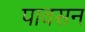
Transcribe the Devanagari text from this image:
पावसन